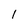
Character: l